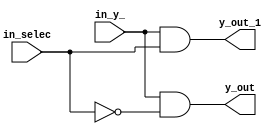
module DEMUX_BEHAVE(y_out,y_out_1,in_y_,in_selec);


output reg y_out,y_out_1;
input in_y_;
input in_selec;
always@(in_y_ or in_selec)
begin
  y_out=~((~(in_y_&(~(in_selec&in_selec))))&(~(in_y_&(~(in_selec&in_selec)))));
  y_out_1=~((~(in_y_&in_selec))&(~(in_y_&in_selec)));
end

endmodule